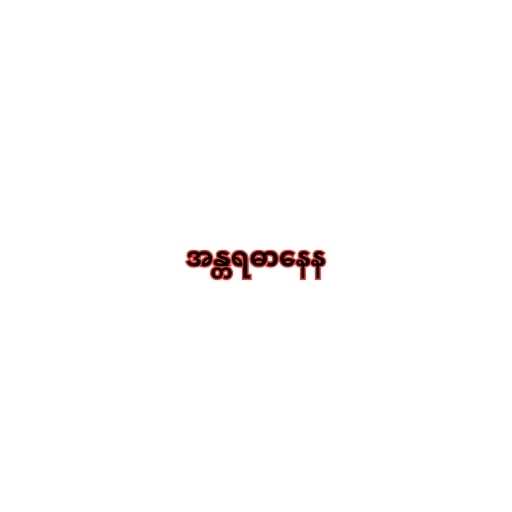
အန္တရဓာနေန